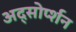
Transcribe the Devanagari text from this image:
अद्सोर्प्शन